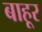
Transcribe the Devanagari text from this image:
बाहूर